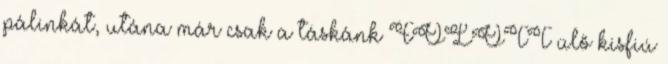
pálinkát, utána már csak a táskánk FÖLÖTT ülő kisfiú